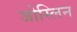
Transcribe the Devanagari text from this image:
जोस्लिन